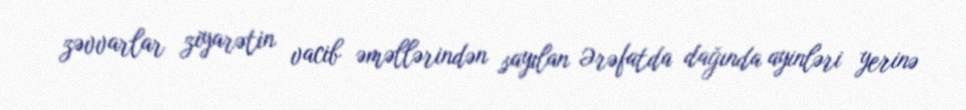
zəvvarlar ziyarətin vacib əməllərindən sayılan Ərəfatda dağında ayinləri yerinə